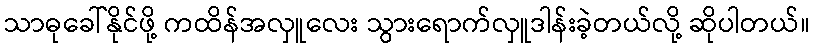
သာဓုခေါ်နိုင်ဖို့ ကထိန်အလှူလေး သွားရောက်လှူဒါန်းခဲ့တယ်လို့ ဆိုပါတယ်။